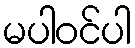
မပါဝင်ပါ